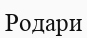
Родари